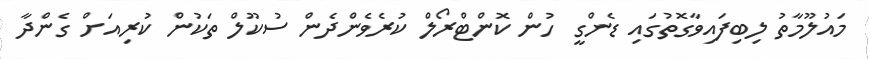
މައުލޫމާތު ލިބިފައިވާގޮތުގައި ޑެންގީ ހުން ކޮންޓްރޯލް ކުރެވެންދެން ސުކޫލް ތަކުން ކުރިއަށް ގެންދާ